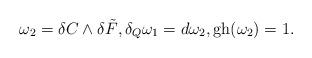
LaTeX: \begin{gather*}\omega_2=\delta C\wedge \delta \tilde{F} ,\delta_Q\omega_1=d\omega_2 ,\operatorname{gh}(\omega_2)=1 .\end{gather*}